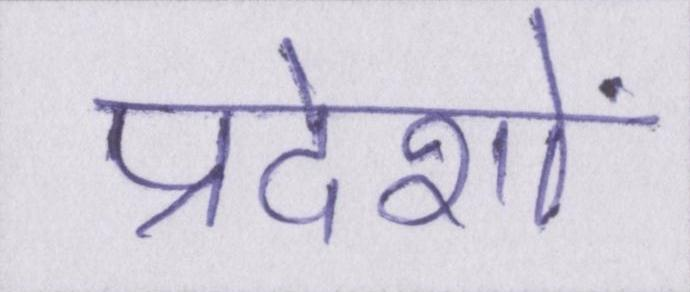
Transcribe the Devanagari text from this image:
प्रदेशों